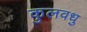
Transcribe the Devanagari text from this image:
कुलवधु